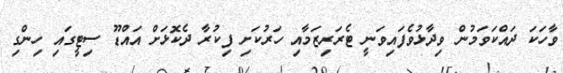
ވާހަކަ ދައްކަވަމުން ވިދާޅުވެފައިވަނީ ޓެރަރިޒަމާއި ހަރުކަށި ފިކުރާ ދެކޮޅަށް އައްޑޫ ސިޓީގައި ހިންގި